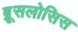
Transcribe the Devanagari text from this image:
ब्रूसलोसिस